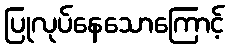
ပြုလုပ်နေသောကြောင့်